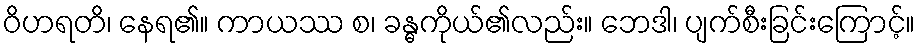
ဝိဟရတိ၊ နေရ၏။ ကာယဿ စ၊ ခန္ဓကိုယ်၏လည်း။ ဘေဒါ၊ ပျက်စီးခြင်းကြောင့်။